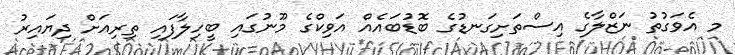
މ އެވަގުތު ނަޒްލާގެ އިސްތަށިގަނޑުގެ ބޮޑުބައެއް އަވިކްގެ މޫނުގައި ބީހިލާފައި ތިރިއަށް ދިޔައިރު